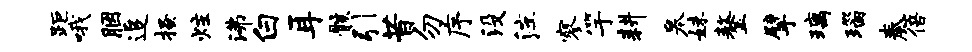
距哦胭追搔炷沸白耳骸引昔勿序没注寥竽耕皋妹鏊擘璃瑙奏倍